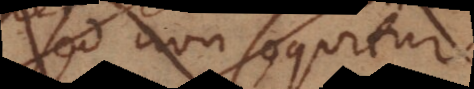
id non sequitur